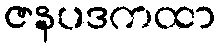
ဇနပဒကထာ